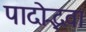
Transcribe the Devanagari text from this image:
पादोद्भवा